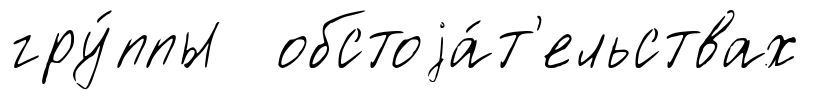
гру́ппы обстоjа́т'ельствах